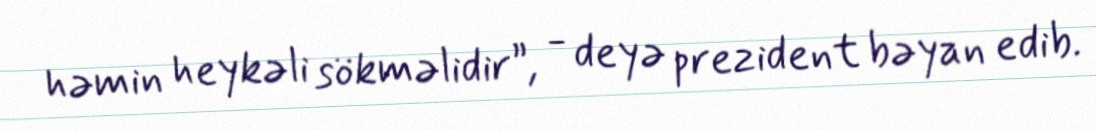
həmin heykəli sökməlidir”, - deyə prezident bəyan edib.